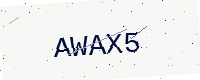
Text: AWAX5